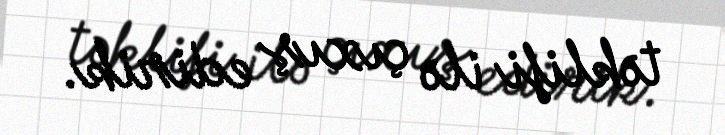
təklifi ilə çıxış edirik.